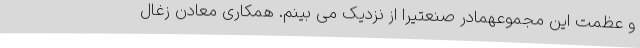
و عظمت این مجموعهمادر صنعتیرا از نزدیک می بینم. همکاری معادن زغال